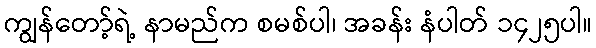
ကျွန်တော့်ရဲ့ နာမည်က စမစ်ပါ၊ အခန်း နံပါတ် ၁၄၂၅ပါ။